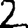
Digit: 2